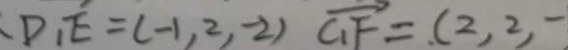
D _ { 1 } E = ( - 1 , 2 , - 2 ) \overrightarrow { C _ { 1 } F } = ( 2 , 2 , -